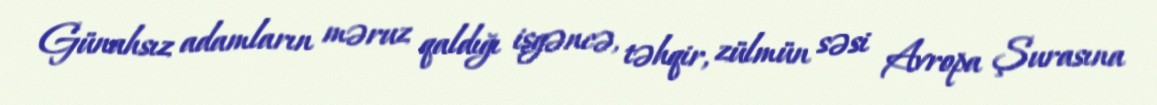
Günahsız adamların məruz qaldığı işgəncə, təhqir, zülmün səsi Avropa Şurasına